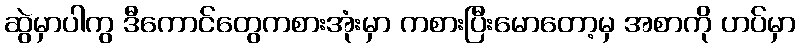
ဆွဲမှာပါကွ ဒီကောင်တွေကစားအုံးမှာ ကစားပြီးမောတော့မှ အစာကို ဟပ်မှာ